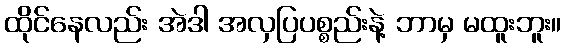
ထိုင်နေလည်း အဲဒါ အလှပြပစ္စည်းနဲ့ ဘာမှ မထူးဘူး။